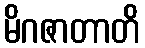
မိဂဇာတာတိ